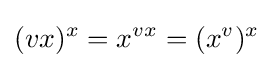
(vx)^{x}=x^{vx}=(x^{v})^{x}